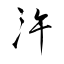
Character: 汻